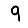
Digit: 9